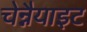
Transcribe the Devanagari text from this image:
चेन्नैयाइट